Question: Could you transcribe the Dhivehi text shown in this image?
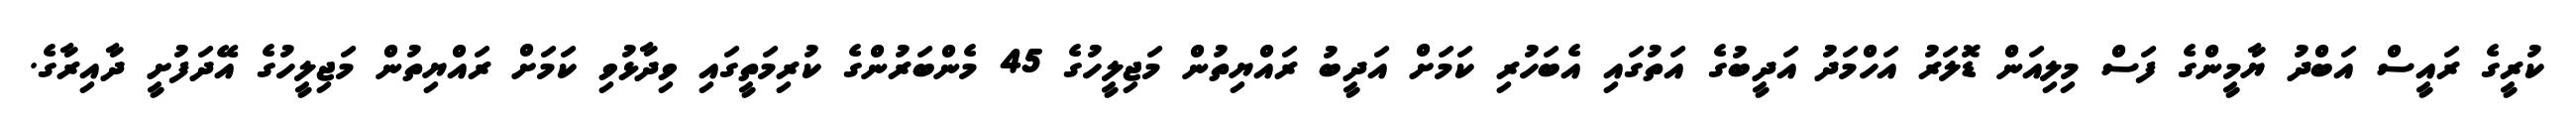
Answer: ކުރީގެ ރައީސް އަބްދު ޔާމީންގެ ފަސް މިލިއަން ޑޮލަރު އަހްމަދު އަދީބުގެ އަތުގައި އެބަހުރި ކަމަށް އަދީބު ރައްޔިތުން މަޖިލީހުގެ 45 މެންބަރުންގެ ކުރިމަތީގައި ވިދާޅުވި ކަމަށް ރައްޔިތުން މަޖިލީހުގެ އޭދަފުށީ ދާއިރާގެ.